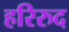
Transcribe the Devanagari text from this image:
हरिरुद